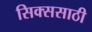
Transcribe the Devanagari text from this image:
सिक्ससाठी